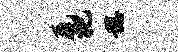
毳把稳